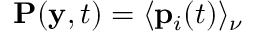
\mathbf { P } ( \mathbf { y } , t ) = \langle \mathbf { p } _ { i } ( t ) \rangle _ { \nu }